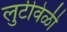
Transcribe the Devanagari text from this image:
लुटीवेळी